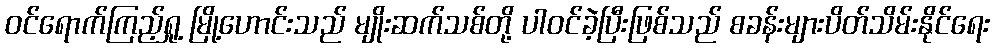
ဝင်ရောက်ကြည့်ရှု့ မြို့ဟောင်းသည် မျိုးဆက်သစ်တို့ ပါဝင်ခဲ့ပြီးဖြစ်သည် စခန်းများပိတ်သိမ်းနိုင်ရေး